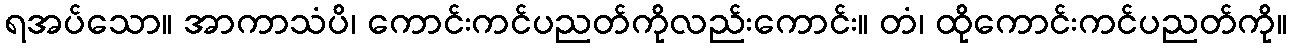
ရအပ်သော။ အာကာသံပိ၊ ကောင်းကင်ပညတ်ကိုလည်းကောင်း။ တံ၊ ထိုကောင်းကင်ပညတ်ကို။